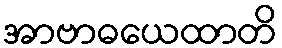
အာဗာဓယေထာတိ